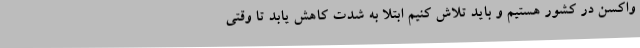
واکسن در کشور هستیم و باید تلاش کنیم ابتلا به شدت کاهش یابد تا وقتی